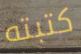
كتبته